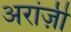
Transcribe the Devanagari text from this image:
अरांज़ी